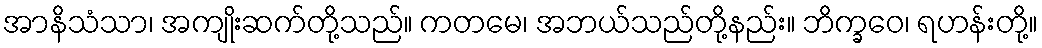
အာနိသံသာ၊ အကျိုးဆက်တို့သည်။ ကတမေ၊ အဘယ်သည်တို့နည်း။ ဘိက္ခဝေ၊ ရဟန်းတို့။